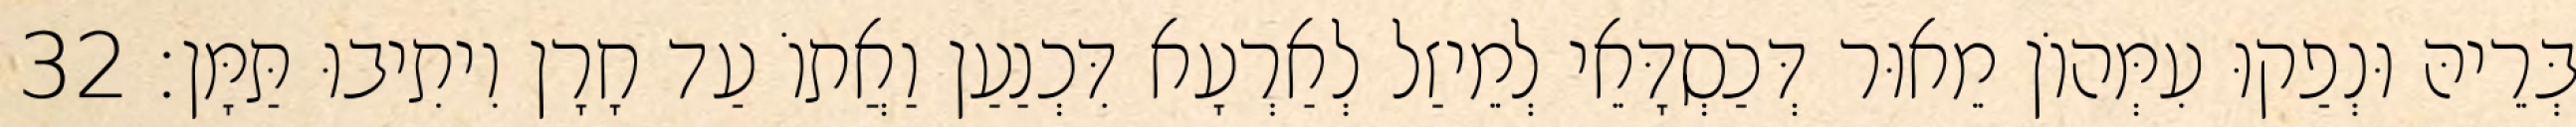
בְּרֵיהּ וּנְפַקוּ עִמְּהוֹן מֵאוּר דְּכַסְדָּאֵי לְמֵיזַל לְאַרְעָא דִּכְנַעַן וַאֲתוֹ עַד חָרָן וִיתִיבוּ תַּמָּן׃ 32